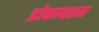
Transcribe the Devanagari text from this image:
डोकावतात